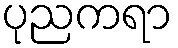
ပုညကရာ